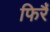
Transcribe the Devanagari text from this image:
फिरैं